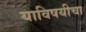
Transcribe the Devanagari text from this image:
याविषयीचा